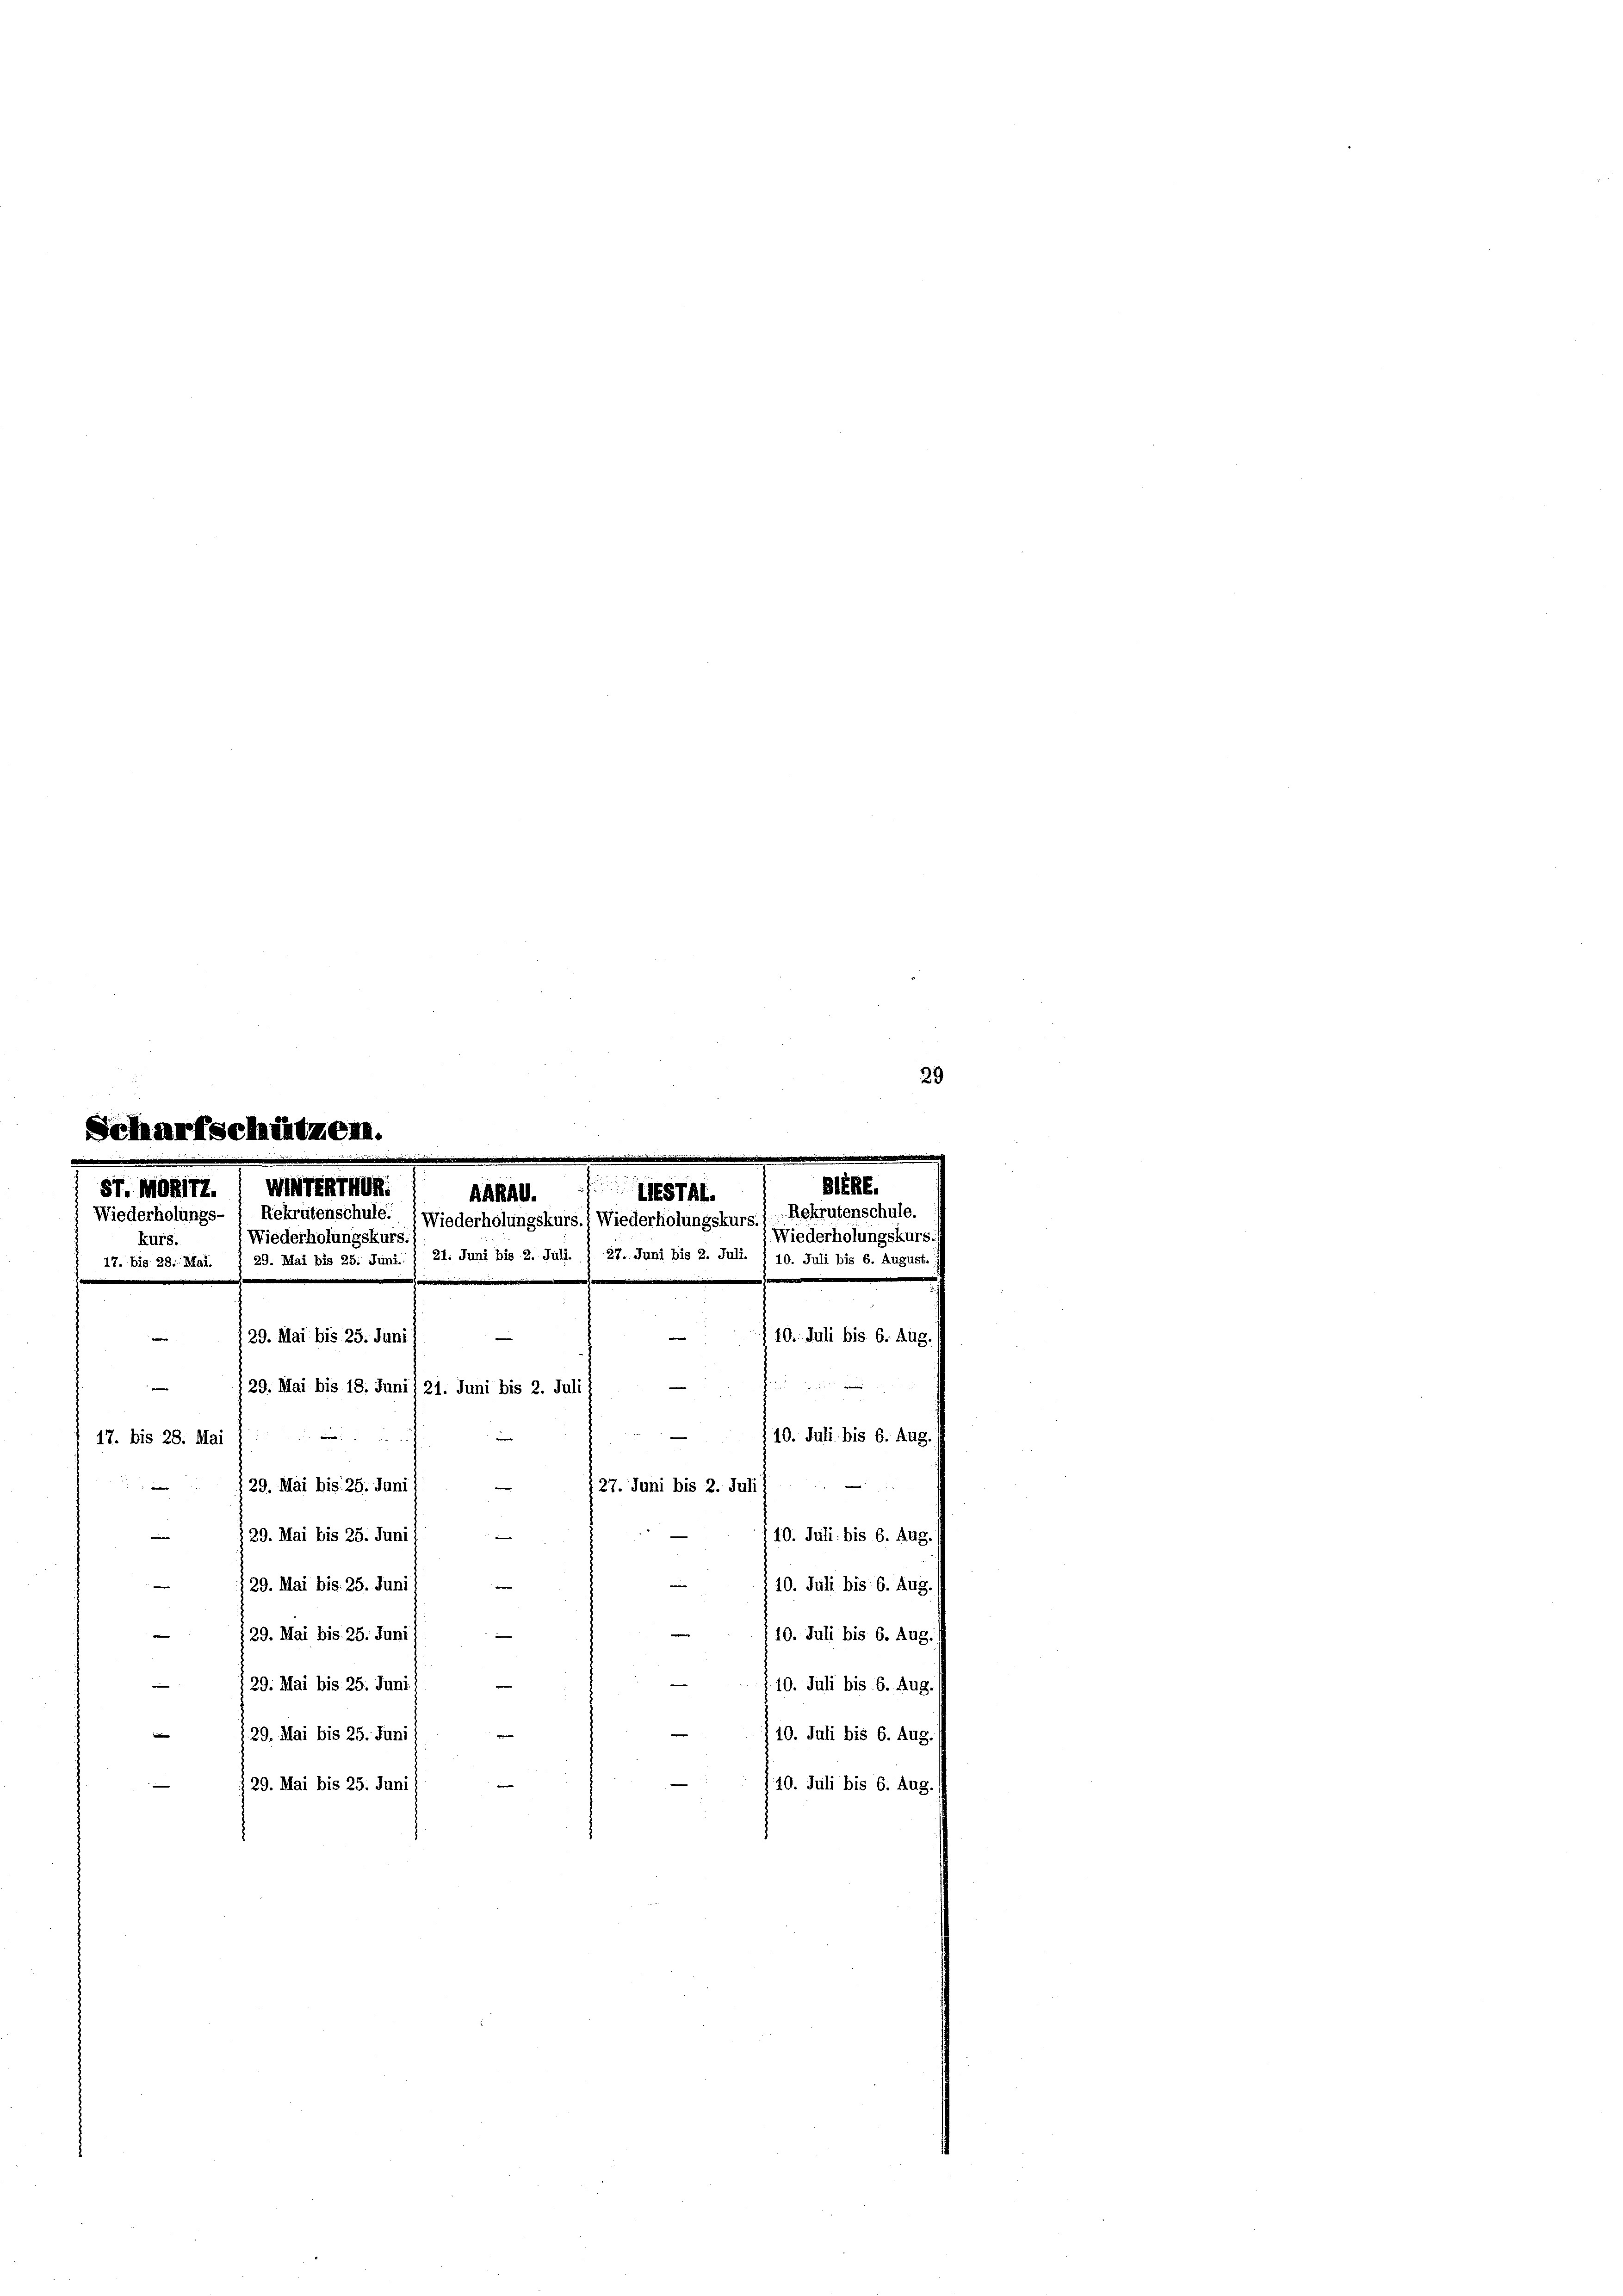
Scharfschützen.

WTATAG:
Sr. Mokirt.
87
AARAG.
Wiederholungs
Rekrutenschule. (Wiederholungskurs.) Wiederholt
Wiederholungskurs.
kurs.
17. bis 28. Mai. § 29. Mai bis 25. Juni. ) 21. Juni bis 2. Juli. §. 27. Juni bis
e
 29. Mai bis 25. Juni 1
.

—
29. Mai bis 18. Juni 21. Juni bis 2. Juli s
29. Mai bis 25. Juni
29. Mai bis 25. Juni 1
29. Mai bis 25. Juni
 129. Mai bis 25. Juni
29. Mai bis 25. Juni
129. Mai bis 25. Juni /
29. Mai bis 25. Juni

17. bis 28. Mai j

ngsku

e
127. Juni bis 2. Juli
e

10. Juli bis 6. Aug
 10. Juli bis 6. Aug.
10. Juli bis 6. Aus
§ 10. Juli bis 6. Aug.
10. Juli bis 6. Aug.
10. Juli bis 6. Aug.
110. Juli bis 6. Aug.

10. Juli bis 6. Aug

29